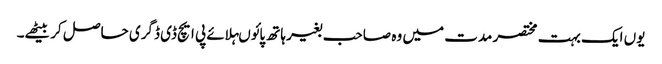
یوں ایک بہت مختصر مدت میں وہ صاحب بغیر ہاتھ پائوںہلائے پی ایچ ڈی ڈگری حاصل کر بیٹھے۔